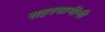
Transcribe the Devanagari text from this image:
सहस्वामीनी